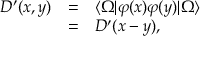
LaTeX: \begin{array} { r c l } { { D ^ { \prime } ( x , y ) } } & { { = } } & { { \langle \Omega | \varphi ( x ) \varphi ( y ) | \Omega \rangle } } \\ { { } } & { { = } } & { { D ^ { \prime } ( x - y ) , } } \end{array}